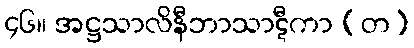
၄၆။ အဋ္ဌသာလိနီဘာသာဋီကာ (တ)